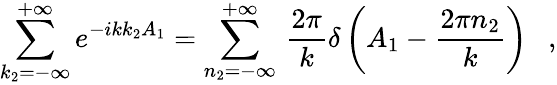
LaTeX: \sum_{k_{2}=-\infty}^{+\infty}e^{-ikk_{2}A_{1}}=\sum_{n_{2}=-\infty}^{+\infty}\, \frac{2\pi}{k}\delta\left(A_{1}-\frac{2\pi n_{2}}{k}\right)\ \ \ ,